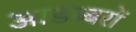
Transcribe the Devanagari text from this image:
आडब्बरों